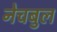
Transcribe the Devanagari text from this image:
नेचबुल